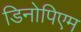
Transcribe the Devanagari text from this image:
डिनोपिएम